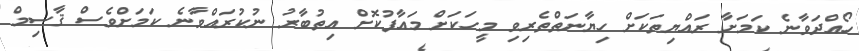
ހޯއްދަވާނެ ކަމަށާ ރައްޔިތަކަށް ހިޔާނަތްތެރިވި މީހަކަށް މައާފުކޮށް އިތުބާރު ނުކުރައްވާނެ ކަމަށްވެސް ޤާސިމް